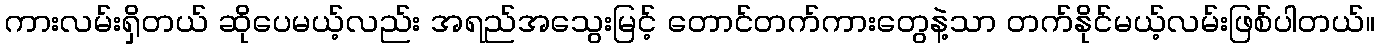
ကားလမ်းရှိတယ် ဆိုပေမယ့်လည်း အရည်အသွေးမြင့် တောင်တက်ကားတွေနဲ့သာ တက်နိုင်မယ့်လမ်းဖြစ်ပါတယ်။